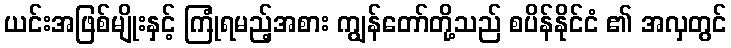
ယင်းအဖြစ်မျိုးနှင့် ကြုံရမည့်အစား ကျွန်တော်တို့သည် စပိန်နိုင်ငံ ၏ အလှတွင်